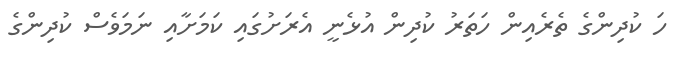
ހަ ކުދިންގެ ތެރެއިން ހަތަރު ކުދިން އުޅެނީ އެރަށުގައި ކަމަށާއި ނަމަވެސް ކުދިންގެ